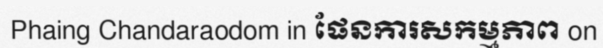
Phaing Chandaraodom in ផែនការសកម្មភាព on